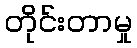
တိုင်းတာမှု